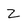
Character: Z